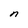
Character: n